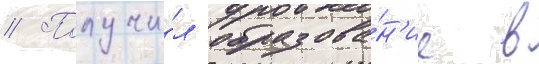
// Получи́л образова́н'ие в